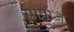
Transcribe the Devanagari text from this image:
प्रोपोज़्